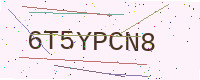
Text: 6T5YPCN8